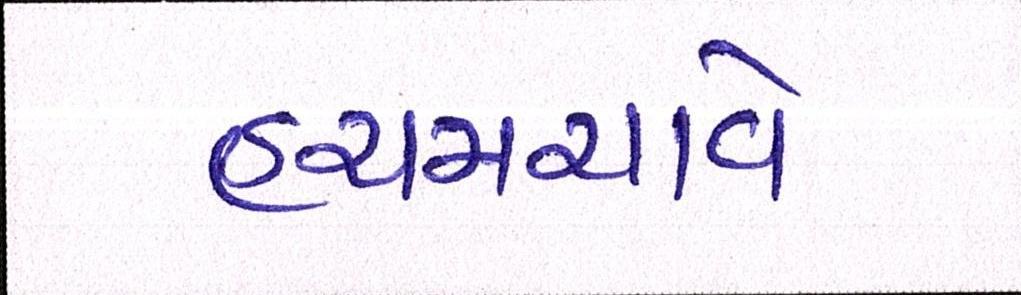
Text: હચમચાવે